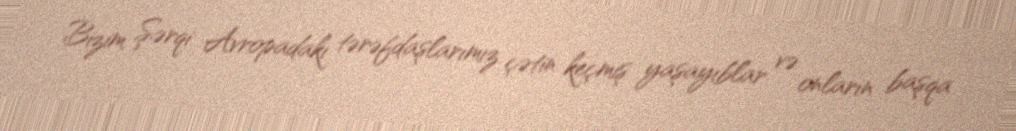
Bizim Şərqi Avropadakı tərəfdaşlarımız çətin keçmiş yaşayıblar və onların başqa